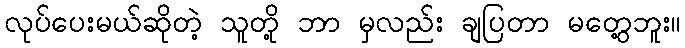
လုပ်ပေးမယ်ဆိုတဲ့ သူတို့ ဘာ မှလည်း ချပြတာ မတွေ့ဘူး။